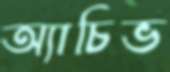
অ্যাচিভ